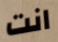
انت